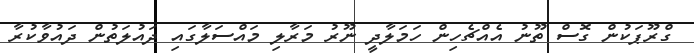
ގްރޫޕަކުން ގޮސް ތޫނު އެއްޗެހިން ހަމަލާދީ ނޫރު މަރާލި މައްސަލާގައި ދައުލަތުން ދައުވާކުރާ